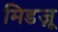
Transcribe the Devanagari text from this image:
मिडज़ू